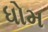
ધોમ